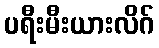
ပရီးမီးယားလိဂ်